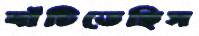
ঘাঁটিতেছিস